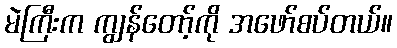
မဲကြီးက ကျွန်တော့်ကို အဖော်စပ်တယ်။